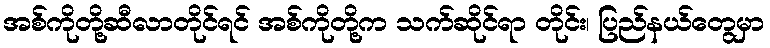
အစ်ကိုတို့ဆီလာတိုင်ရင် အစ်ကိုတို့က သက်ဆိုင်ရာ တိုင်း၊ ပြည်နယ်တွေမှာ